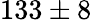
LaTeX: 133\pm 8